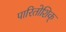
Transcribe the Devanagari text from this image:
पारितोशिक्